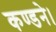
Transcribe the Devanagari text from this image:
कण्डने।